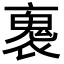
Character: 褢